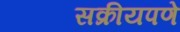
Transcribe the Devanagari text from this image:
सक्रीयपणे